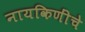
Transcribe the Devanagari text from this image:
नायकिणींचे